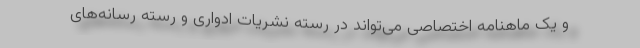
و یک ماهنامه اختصاصی می‌تواند در رسته نشریات ادواری و رسته رسانه‌های